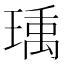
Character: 𬍿